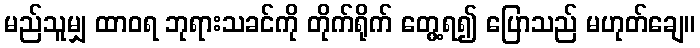
မည်သူမျှ ထာဝရ ဘုရားသခင်ကို တိုက်ရိုက် တွေ့ရ၍ ပြောသည် မဟုတ်ချေ။